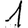
Digit: 1